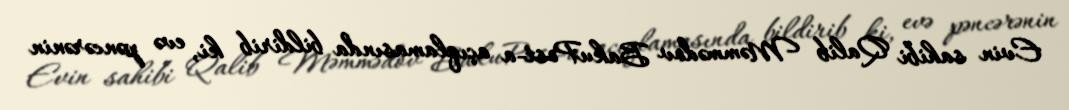
Evin sahibi Qalib Məmmədov BakuPost-a açıqlamasında bildirib ki, evə pəncərənin